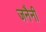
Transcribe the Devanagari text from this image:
जनैनी